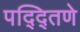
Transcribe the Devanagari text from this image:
पद्द्तिणे